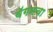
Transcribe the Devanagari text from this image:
वॅगनचा